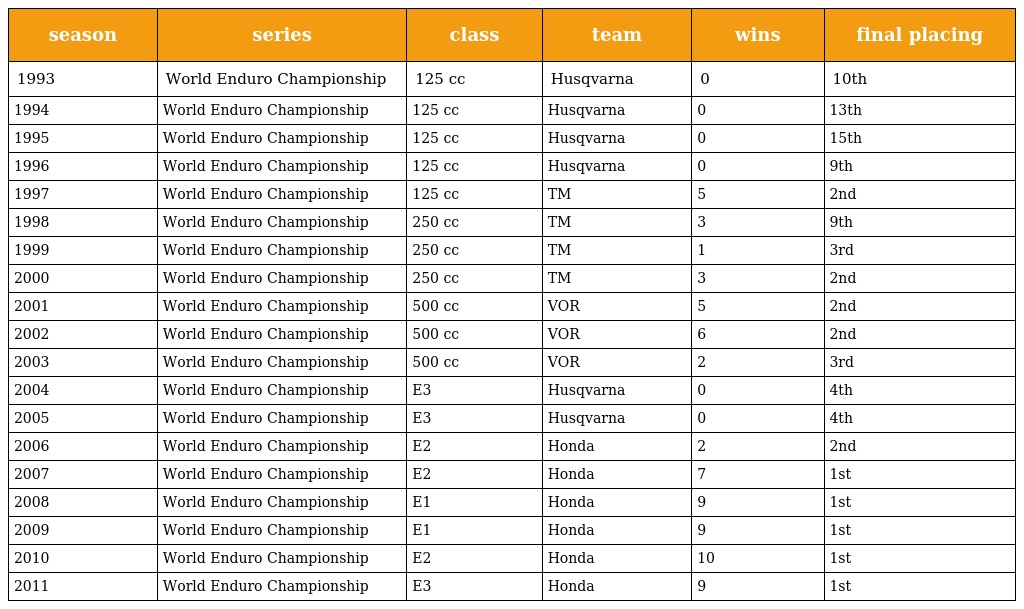
| season | series | class | team | wins | final placing |
 | --- | --- | --- | --- | --- | --- |
 | 1993 | World Enduro Championship | 125 cc | Husqvarna | 0 | 10th |
 | 1994 | World Enduro Championship | 125 cc | Husqvarna | 0 | 13th |
 | 1995 | World Enduro Championship | 125 cc | Husqvarna | 0 | 15th |
 | 1996 | World Enduro Championship | 125 cc | Husqvarna | 0 | 9th |
 | 1997 | World Enduro Championship | 125 cc | TM | 5 | 2nd |
 | 1998 | World Enduro Championship | 250 cc | TM | 3 | 9th |
 | 1999 | World Enduro Championship | 250 cc | TM | 1 | 3rd |
 | 2000 | World Enduro Championship | 250 cc | TM | 3 | 2nd |
 | 2001 | World Enduro Championship | 500 cc | VOR | 5 | 2nd |
 | 2002 | World Enduro Championship | 500 cc | VOR | 6 | 2nd |
 | 2003 | World Enduro Championship | 500 cc | VOR | 2 | 3rd |
 | 2004 | World Enduro Championship | E3 | Husqvarna | 0 | 4th |
 | 2005 | World Enduro Championship | E3 | Husqvarna | 0 | 4th |
 | 2006 | World Enduro Championship | E2 | Honda | 2 | 2nd |
 | 2007 | World Enduro Championship | E2 | Honda | 7 | 1st |
 | 2008 | World Enduro Championship | E1 | Honda | 9 | 1st |
 | 2009 | World Enduro Championship | E1 | Honda | 9 | 1st |
 | 2010 | World Enduro Championship | E2 | Honda | 10 | 1st |
 | 2011 | World Enduro Championship | E3 | Honda | 9 | 1st |